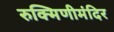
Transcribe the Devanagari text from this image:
रुक्मिणीमंदिर